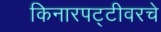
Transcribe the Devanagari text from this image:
किनारपट्टीवरचे